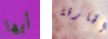
أيها الخارقة